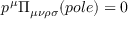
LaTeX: p ^ { \mu } \Pi _ { \mu \nu \rho \sigma } ( p o l e ) = 0